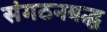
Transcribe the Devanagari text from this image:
संगठनबद्ध